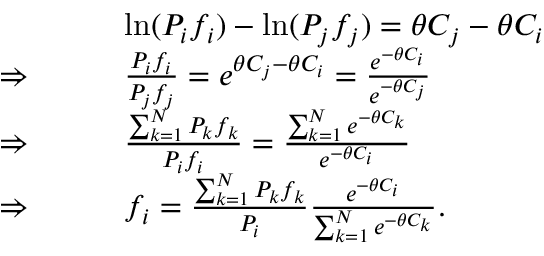
\begin{array} { r l } & { \mathrm { l n } ( P _ { i } f _ { i } ) - \mathrm { l n } ( P _ { j } f _ { j } ) = \theta C _ { j } - \theta C _ { i } } \\ { \Rightarrow \ \ \ \ \ \ } & { \frac { P _ { i } f _ { i } } { P _ { j } f _ { j } } = e ^ { \theta C _ { j } - \theta C _ { i } } = \frac { e ^ { - \theta C _ { i } } } { e ^ { - \theta C _ { j } } } } \\ { \Rightarrow \ \ \ \ \ \ } & { \frac { \sum _ { k = 1 } ^ { N } P _ { k } f _ { k } } { P _ { i } f _ { i } } = \frac { \sum _ { k = 1 } ^ { N } e ^ { - \theta C _ { k } } } { e ^ { - \theta C _ { i } } } } \\ { \Rightarrow \ \ \ \ \ \ } & { f _ { i } = \frac { \sum _ { k = 1 } ^ { N } P _ { k } f _ { k } } { P _ { i } } \frac { e ^ { - \theta C _ { i } } } { \sum _ { k = 1 } ^ { N } e ^ { - \theta C _ { k } } } . } \end{array}